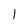
Character: 1